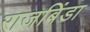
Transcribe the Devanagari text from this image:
राजबिंडा